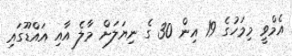
އެމްވީ މިމަހުގެ 19 އިން 30 ގެ ނިޔަލަށް މާލެ އާއި އައްޑޫގައި